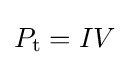
P_{\rm {t}}=IV